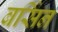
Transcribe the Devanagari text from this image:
बर्सिन